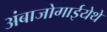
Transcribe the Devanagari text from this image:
अंबाजोगाईयेथे